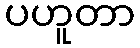
ပဟူတာ